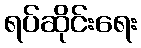
ရပ်ဆိုင်းရေး